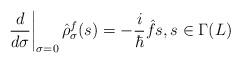
LaTeX: \begin{align*}\left. \frac{d}{d\sigma}\right\vert _{\sigma=0}\hat{\rho}_{\sigma}^{f}(s)=-\frac{i}{\hbar}\hat{f}s,s\in\Gamma(L)\end{align*}